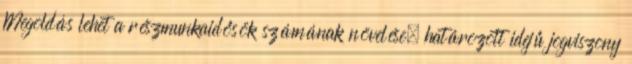
Megoldás lehet a részmunkaidősök számának növelése, határozott idejű jogviszony